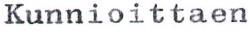
Kunnioittaen